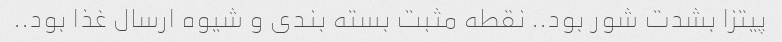
پیتزا بشدت شور بود.. نقطه مثبت بسته بندی و شیوه ارسال غذا بود..